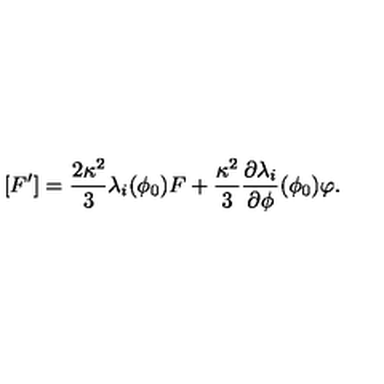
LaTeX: [ F ^ { \prime } ] = \frac { 2 \kappa ^ { 2 } } { 3 } \lambda _ { i } ( \phi _ { 0 } ) F + \frac { \kappa ^ { 2 } } { 3 } \frac { \partial \lambda _ { i } } { \partial \phi } ( \phi _ { 0 } ) \varphi .